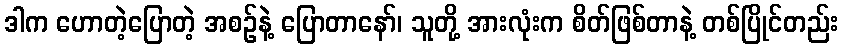
ဒါက ဟောတဲ့ပြောတဲ့ အစဉ်နဲ့ ပြောတာနော်၊ သူတို့ အားလုံးက စိတ်ဖြစ်တာနဲ့ တစ်ပြိုင်တည်း